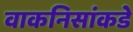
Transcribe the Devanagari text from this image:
वाकनिसांकडे